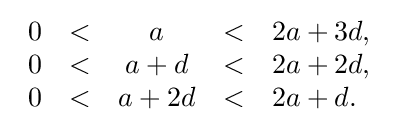
{\begin{array}{rcccl}0&<&a&<&2a+3d,\\0&<&a+d&<&2a+2d,\\0&<&a+2d&<&2a+d.\end{array}}